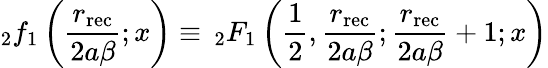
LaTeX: _2f_{1}\left(\frac{r_{\mathrm{rec}}}{2a\beta};x\right)\equiv\, _{2}F_{1}\left(\frac{1}{2},\frac{r_{\mathrm{rec}}}{2a\beta};\frac{r_{\mathrm{rec}}}{2a\beta}+1;x\right)